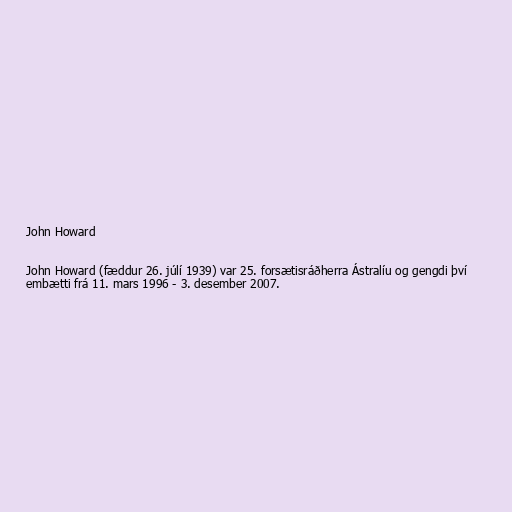
John Howard

John Howard (fæddur 26. júlí 1939) var 25. forsætisráðherra Ástralíu og gengdi því
embætti frá 11. mars 1996 - 3. desember 2007.